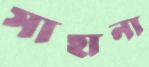
সাহানা